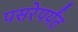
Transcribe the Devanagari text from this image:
पसरेपर्यंत